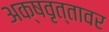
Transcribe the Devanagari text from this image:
अक्षवृत्तावर